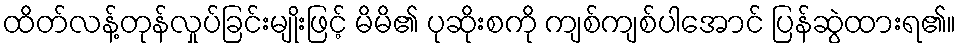
ထိတ်လန့်တုန်လှုပ်ခြင်းမျိုးဖြင့် မိမိ၏ ပုဆိုးစကို ကျစ်ကျစ်ပါအောင် ပြန်ဆွဲထားရ၏။